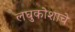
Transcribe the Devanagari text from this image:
लघुकोशाचे